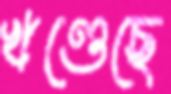
খণ্ডেছে